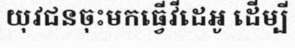
យុវជនចុះមកធ្វើវីដេអូ ដើម្បី